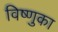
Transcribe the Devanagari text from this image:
विष्णुका